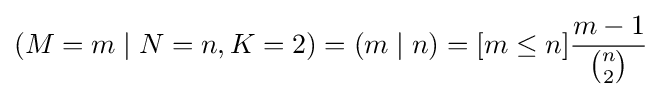
(M=m\mid N=n,K=2)=(m\mid n)=[m\leq n]{\frac {m-1}{\binom {n}{2}}}